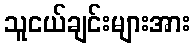
သူငယ်ချင်းများအား